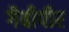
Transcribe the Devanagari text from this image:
गैबीपीर